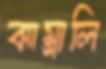
ঝাম্‌রালি